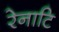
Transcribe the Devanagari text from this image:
रेनाटि